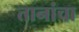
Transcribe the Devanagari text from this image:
तानांचा